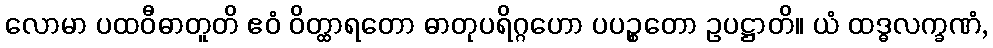
လောမာ ပထဝီဓာတူတိ ဧဝံ ဝိတ္ထာရတော ဓာတုပရိဂ္ဂဟော ပပဉ္စတော ဥပဋ္ဌာတိ။ ယံ ထဒ္ဓလက္ခဏံ,